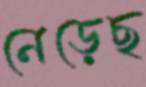
নেড়েছ